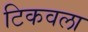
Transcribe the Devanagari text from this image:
टिकवला